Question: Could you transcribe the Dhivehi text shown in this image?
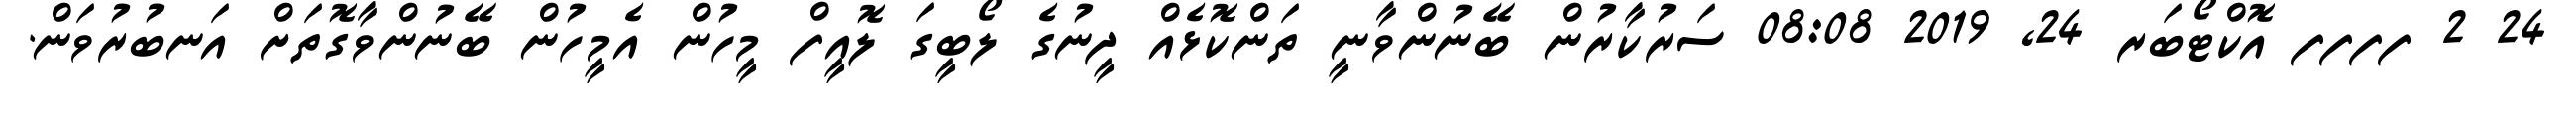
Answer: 24 2 ފފފފ އޮކްޓޯބަރ 24, 2019 08:08 ސަރުކާރުން ބޭނުންވާނީ ތަންކޮޅެއް ދީނުގެ ލޯބީގަ ލޮއީފް މީހުން އެމީހުން ބޭނުންވާގޮތަށް އަނބުރުވަން.